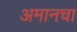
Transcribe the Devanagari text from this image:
अमानचा